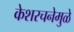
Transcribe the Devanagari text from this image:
केशरचनेमुळे